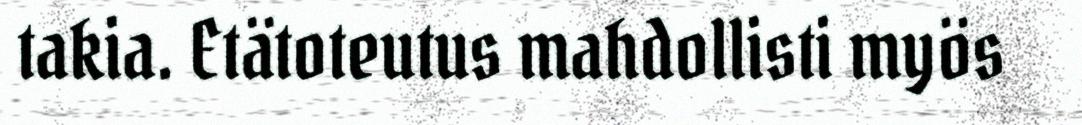
takia. Etätoteutus mahdollisti myös